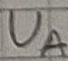
Text: UA